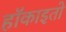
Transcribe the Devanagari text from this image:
हॉकाइतो